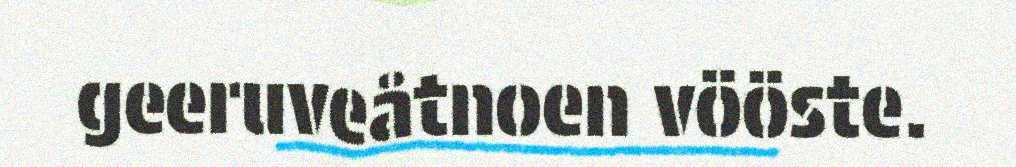
geeruveåtnoen vööste.